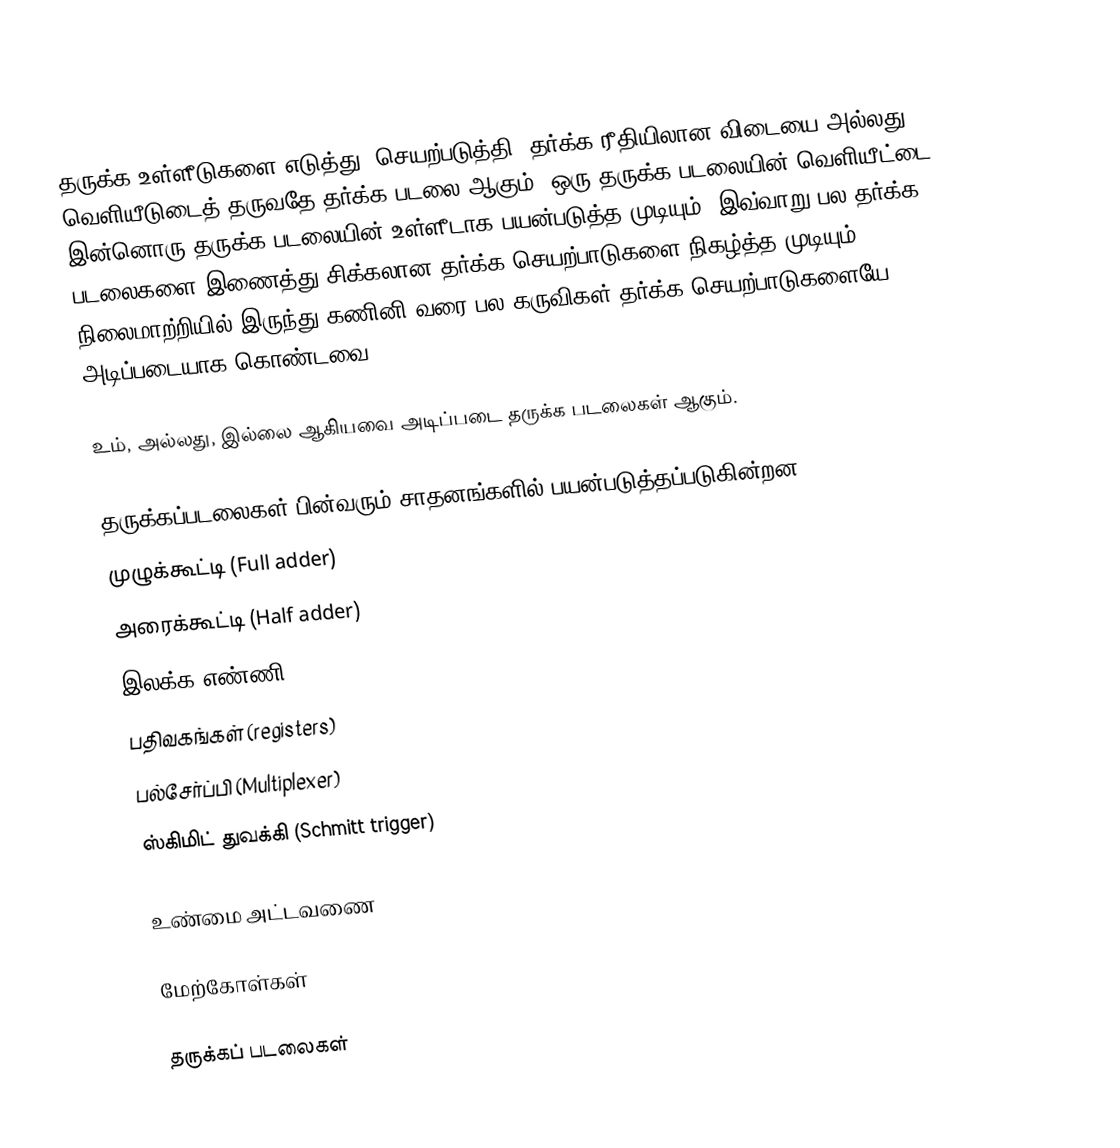
தருக்க உள்ளீடுகளை எடுத்து, செயற்படுத்தி, தர்க்க ரீதியிலான விடையை அல்லது வெளியீடுடைத் தருவதே தர்க்க படலை ஆகும். ஒரு தருக்க படலையின் வெளியீட்டை இன்னொரு தருக்க படலையின் உள்ளீடாக பயன்படுத்த முடியும். இவ்வாறு பல தர்க்க படலைகளை இணைத்து சிக்கலான தர்க்க செயற்பாடுகளை நிகழ்த்த முடியும். நிலைமாற்றியில் இருந்து கணினி வரை பல கருவிகள் தர்க்க செயற்பாடுகளையே அடிப்படையாக கொண்டவை.

உம், அல்லது, இல்லை ஆகியவை அடிப்படை தருக்க படலைகள் ஆகும்.

தருக்கப்படலைகள் பின்வரும் சாதனங்களில் பயன்படுத்தப்படுகின்றன.
 முழுக்கூட்டி (Full adder)
 அரைக்கூட்டி (Half adder)
 இலக்க எண்ணி (Digital counter)
 பதிவகங்கள் (registers)
 பல்சேர்ப்பி (Multiplexer)
 ஸ்கிமிட் துவக்கி (Schmitt trigger)

உண்மை அட்டவணை

மேற்கோள்கள்

தருக்கப் படலைகள்